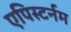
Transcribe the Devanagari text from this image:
एपिस्टर्नम